Annual administration report of the Civil Veterinary Department, Ajmere-Merwara, British Rajputana - 1914-1940
Year: 1914
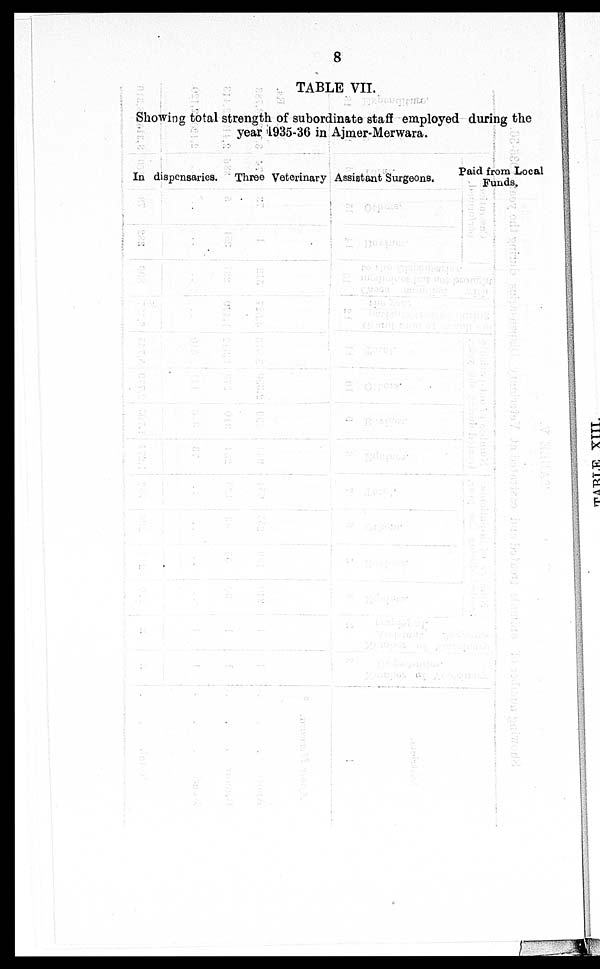
8
TABLE VII.
Showing total strength of subordinate staff employed during the
year 1935-36 in Ajmer-Merwara.
In dispensaries. Three Veterinary Assistant Surgeons.
Paid from Local
Funds.